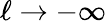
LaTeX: \ell\to-\infty